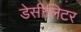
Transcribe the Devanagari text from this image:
डेसीलिटर